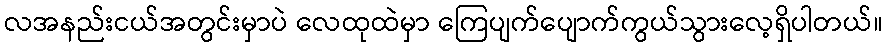
လအနည်းငယ်အတွင်းမှာပဲ လေထုထဲမှာ ကြေပျက်ပျောက်ကွယ်သွားလေ့ရှိပါတယ်။